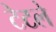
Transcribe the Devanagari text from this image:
टेटले